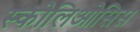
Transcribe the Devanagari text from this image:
स्कोलिओसिस